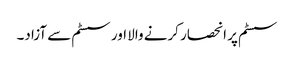
سسٹم پر انحصار کرنے والا اور سسٹم سے آزاد۔